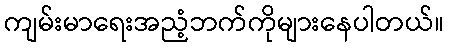
ကျမ်းမာရေးအညံ့ဘက်ကိုများနေပါတယ်။